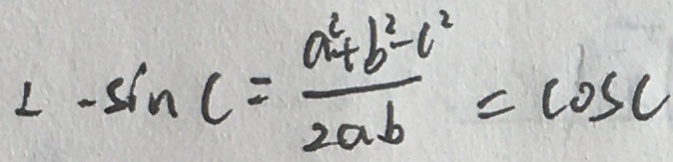
L - \sin C = \frac { a ^ { 2 } + b ^ { 2 } - c ^ { 2 } } { 2 a b } = \cos c